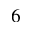
6